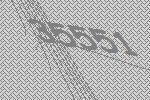
35551